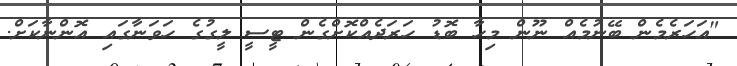
"އަހަރެމެން ބޭނުމެއް ނޫން މިހާ ބޮޑު ހަރަދެއްކޮށްގެން ޓީސީ ލީގުގެ ހަވަނާގައި އޮންނާކަށް.